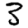
Digit: 3